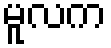
မူလက